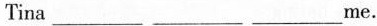
Tina___ ___ ___me.